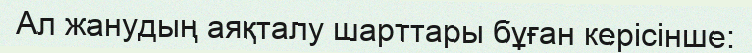
Ал жанудың аяқталу шарттары бұған керісінше: